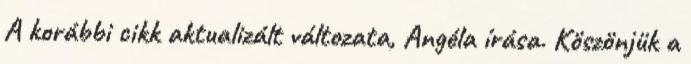
A korábbi cikk aktualizált változata, Angéla írása. Köszönjük a